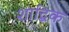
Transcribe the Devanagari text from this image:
शाद्बिक